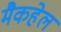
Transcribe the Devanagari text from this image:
मैकहेल